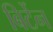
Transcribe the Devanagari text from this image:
बिर्टेन